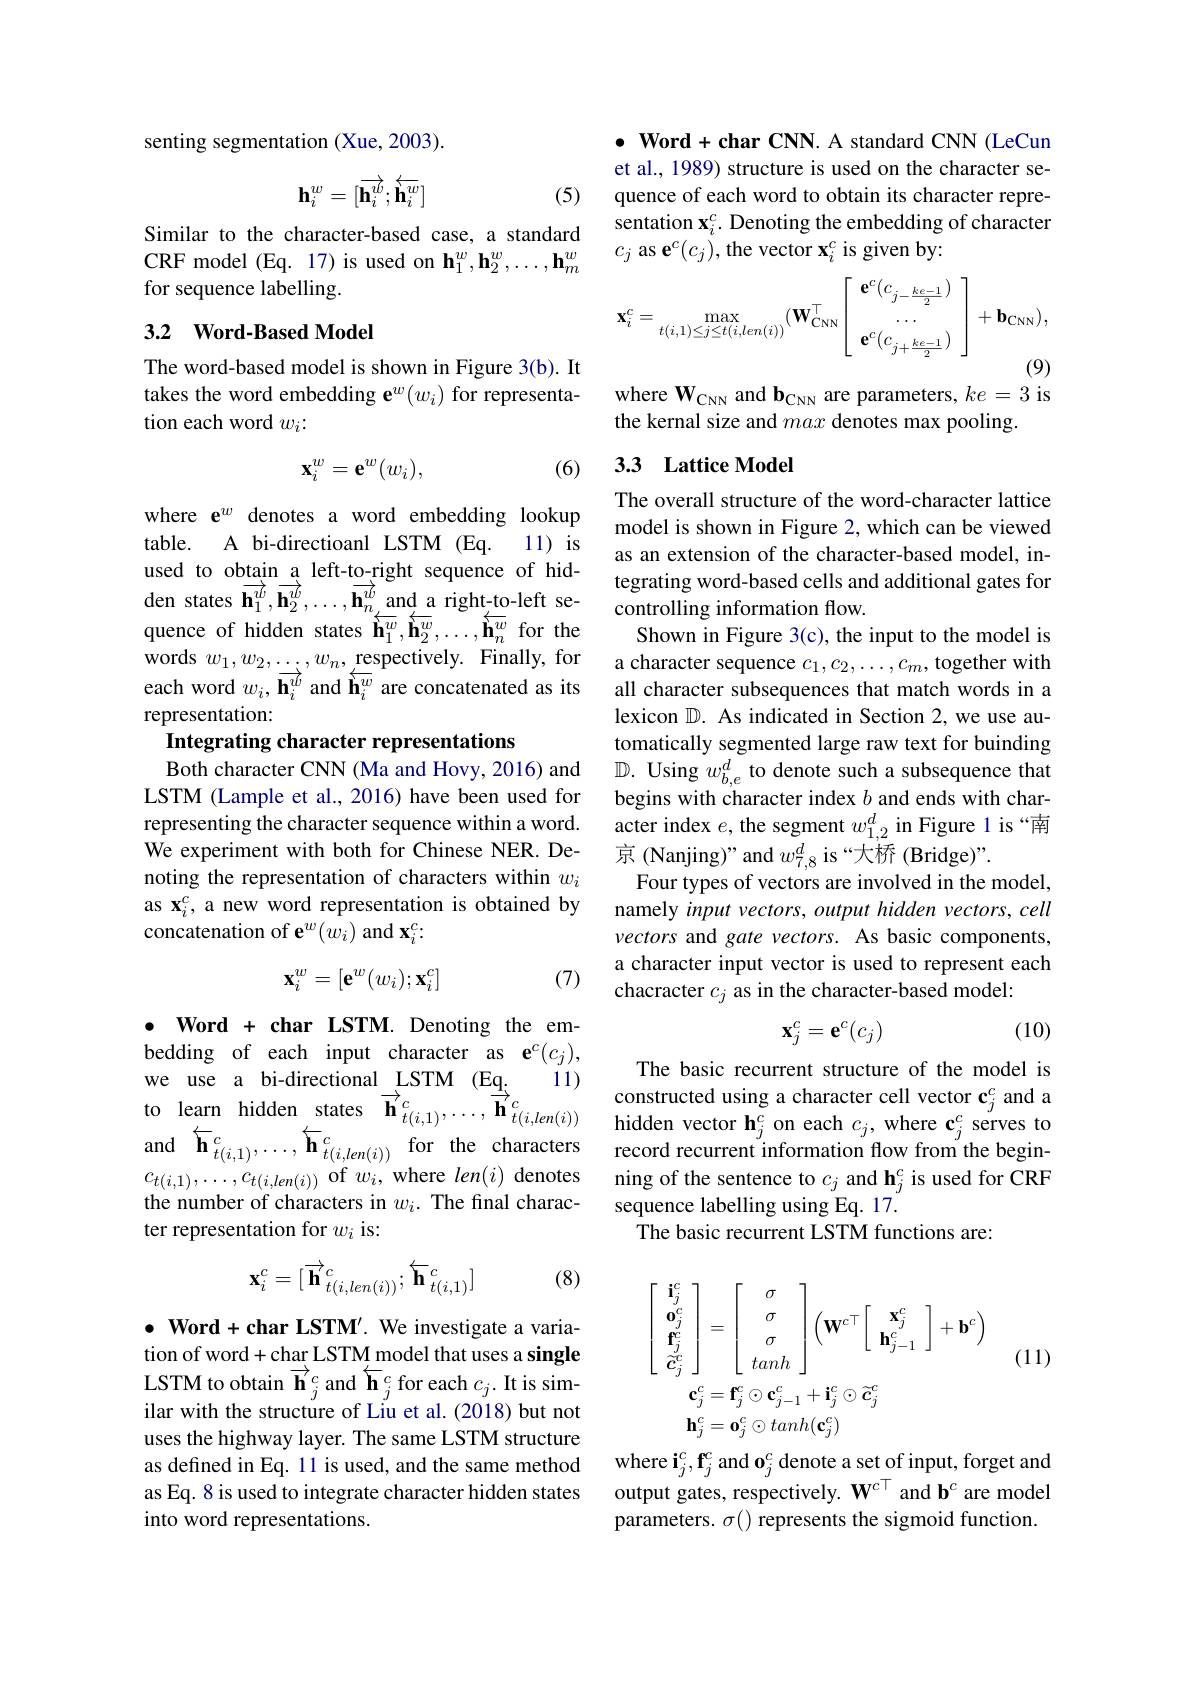
senting segmentation (Xue, 2003)
$$\mathbf{h}_i^w=[\overrightarrow{\mathbf{h}_i^w};\overleftarrow{\mathbf{h}_i^w}]$$
(5)

Similar to the character-based case, a standard CRF model (Eq. 17) is used on $\mathbf{h}_1^w,\mathbf{h}_2^w,\ldots,\mathbf{h}_m^w$ for sequence labelling.

### 3.2 Word-Based Model

The word-based model is shown in Figure 3(b). It takes the word embedding e$^w(w_i)$ for representation each word $w_i{:}$

(6)
$$\mathbf{x}_i^w=\mathbf{e}^w(w_i),$$
where $\mathbf{e}^w$ denotes a word embedding lookup table. A bi-directioanl LSTM (Eq. 11) is used to obtain a left-to-right sequence of hidden states $\overrightarrow{\mathbf{h}}_{1}^{\overrightarrow{w}},\overrightarrow{\mathbf{h}}_{2}^{\overrightarrow{w}},\ldots,\overrightarrow{\mathbf{h}}_{n}^{\overrightarrow{w}}$and a right-to-left sequence of hidden states $\overset{n}{\operatorname*{\stackrel{\leftarrow}{\mathbf{h}}}_1^w},\overset{\leftarrow}{\operatorname*{\overset{\leftarrow}{\mathbf{h}}}_2^w},\ldots,\overset{\leftarrow}{\operatorname*{\overset{\leftarrow}{\mathbf{h}}}_n^w}$ for the words $w_1,w_2,\ldots,w_n,\underset{\longleftarrow}{\operatorname*{\operatorname*{respectively.}}}$ Finally, for each word $w_i,\mathbf{\overline{h}}_i^{\overrightarrow{w}}$ and $\overleftarrow{\mathbf{h}}_i^{\overline{w}}$ are concatenated as its representation:

Integrating character representations
Both character CNN (Ma and Hovy, 2016) and $\mathbb{D}.$ Using $w_b,e^d$ to denote such a subsequence that

LSTM (Lample et al., 2016) have been used for representing the character sequence within a word. We experiment with both for Chinese NER. Denoting the representation of characters within $w_i$ as $\mathbf{x}_i^c$, a new word representation is obtained by concatenation of e$^w(w_i)$ and $\mathbf{x}_i^c:$
$$\mathbf{x}_i^w=[\mathbf{e}^w(w_i);\mathbf{x}_i^c]$$
(7)

bedding of each input character as e$^c(c_j)$,
11)
to learn hidden states $\overrightarrow{\mathbf{h} } _{t( i, 1) }^{c}, \ldots , \overrightarrow{\mathbf{h} } _{t( i, len( i) ) }^{c}$ hidden vecharacter cell vector $\mathbf{c}_j^{c}$ and ato learnd $\nabla_{t(i,1)}^{c}$ for the characters $\nabla _{t( i, len( i) ) }^{c}$ hidden vector $\mathbf{h}_j^{c}$ on each $c_j$, where c$_j^{c}$ serves to

$\bullet$ Word + char LSTM. Denoting the em-
we use a bi-directional LSTM (Eq.
and $\overleftarrow{\mathbf{h} } _{t( i, 1) }^{c}, \ldots , \overleftarrow{\mathbf{h} } _{t( i, len( i) ) }^{c}$ for the characters $c_{t(i,1)},\ldots,c_{t(i,len(i))}$ of $w_i$, where $len(i)$ denotes the number of characters in $w_i.$ The final character representation for $w_i$ is:
$$\mathbf{x}_i^c=[\overrightarrow{\mathbf{h}}_{t(i,len(i))}^c;\overleftarrow{\mathbf{h}}_{t(i,1)}^c]$$
(8)

$\bullet$ Word + char LSTM'. We investigate a variation of word+char LSTM model that uses a single LSTM to obtain $\overrightarrow{\mathbf{h}}_j^c$ and $\overleftarrow{\mathbf{h}}_j^c$ for each $c_j.$ It is similar with the structure of Liu et al. (2018) but not uses the highway layer. The same LSTM structure as defined in Eq. 11 is used, and the same method as Eq. 8 is used to integrate character hidden states into word representations.

$\bullet$ Word + char CNN. A standard CNN (LeCun et al., 1989) structure is used on the character sequence of each word to obtain its character representation $\mathbf{x}_i^c.$ Denoting the embedding of character $c_j$ as e$^c(c_j)$,the vector $\mathbf{x}_i^c$ is given by:
$$\mathbf{x}_{i}^{c}=\max_{t(i,1)\leq j\leq t(i,len(i))}(\mathbf{W}_{\mathrm{CNN}}^{\top}\left[\begin{array}{c}\mathbf{e}^{c}(c_{j-\frac{ke-1}{2}})\\\ldots\\\mathbf{e}^{c}(c_{j+\frac{ke-1}{2}})\end{array}\right]+\mathbf{b}_{\mathrm{CNN}}),$$
where $\mathbf{W}_{\mathrm{CNN}}$ and b$_\mathrm{CNN}$ are parameters, $ke=3$ is

the kernal size and max denotes max pooling.

## 3.3 Lattice Model

The overall structure of the word-character lattice model is shown in Figure 2, which can be viewed as an extension of the character-based model, integrating word-based cells and additional gates for controlling information flow.
Shown in Figure 3(c), the input to the model is a character sequence $c_1,c_2,\ldots,c_m$, together with all character subsequences that match words in a lexicon $\mathbb{D}.$ As indicated in Section 2,we use automatically segmented large raw text for buinding begins with character index $b$ and ends with character index $e$,the segment $w_{1,2}^d$ in Figure l is“南京 (Nanjing)" and $w_{7,8}^{d}$ is “大桥 (Bridge)”.
Four types of vectors are involved in the model, namely input vectors, output hidden vectors, cell vectors and gate vectors. As basic components, a character input vector is used to represent each chacracter $c_j$ as in the character-based model:

(10)
$$\mathbf{x}_j^c=\mathbf{e}^c(c_j)$$
The basic recurrent structure of the model is record recurrent information flow from the beginning of the sentence to $c_j$ and h$_j^c$ is used for CRF sequence labelling using Eq. 17.
The basic recurrent LSTM functions are:

(11)
$$\begin{aligned}&\left[\begin{array}{c}\mathbf{i}_{j}^{c}\\\mathbf{0}_{j}^{c}\\\mathbf{f}_{j}^{c}\\\widetilde{c}_{j}^{c}\end{array}\right]=\left[\begin{array}{c}\sigma\\\sigma\\\sigma\\tanh\end{array}\right]\left(\mathbf{W}^{c\top}\left[\begin{array}{c}\mathbf{x}_{j}^{c}\\\mathbf{h}_{j-1}^{c}\end{array}\right]+\mathbf{b}^{c}\right)\\&\mathbf{c}_{j}^{c}=\mathbf{f}_{j}^{c}\odot\mathbf{c}_{j-1}^{c}+\mathbf{i}_{j}^{c}\odot\widetilde{c}_{j}^{c}\\&\mathbf{h}_{j}^{c}=\mathbf{o}_{j}^{c}\odot tanh(\mathbf{c}_{j}^{c})\\\end{aligned}$$
$\mathrm{where~i}_{j}^{c}, \mathbf{f} _{j}^{c}\mathrm{~and~o}_{j}^{c}$ denote a set of input, forget and output gates, respectively. $W^{c\top }$ and $b^{c}$ are model parameters. $\sigma()$ represents the sigmoid function